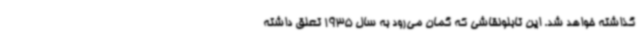
گذاشته خواهد شد. این تابلونقاشی که گمان می‌رود به سال 1935 تعلق داشته